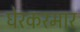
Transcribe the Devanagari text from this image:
घेरकरमार